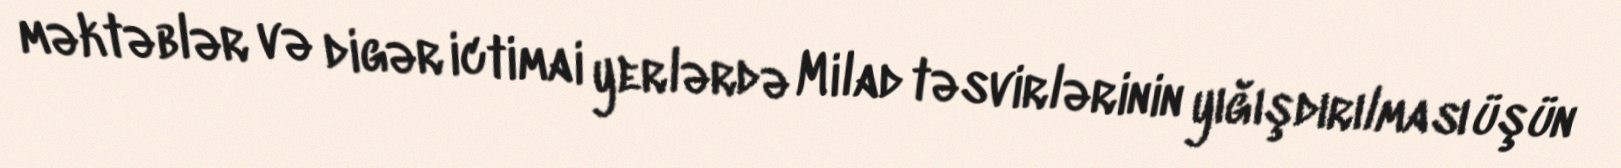
məktəblər və digər ictimai yerlərdə Milad təsvirlərinin yığışdırılması üşün